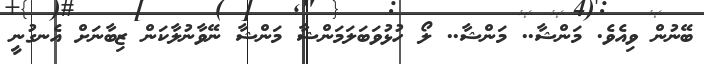
ބޭނުން ވިއެވެ. މަންޝާ.. މަންޝާ.. ލޯ ހުޅުވަބަލަމަންޝާ މަންޝާ ނޭވާނުލާކަން ޒިބާނަށް އެނގުނީ